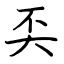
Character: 奀